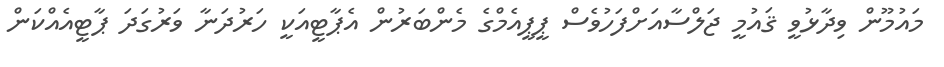
މައުމޫން ވިދާޅުވީ ޤައުމީ ޖަލްސާއަށްފަހުވެސް ޕީޕީއެމްގެ މެންބަރުން އެޕާޓީއަކީ ހަރުދަނާ ވަރުގަދަ ޕާޓީއެއްކަން